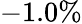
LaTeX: -1.0\%